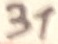
Text: 31